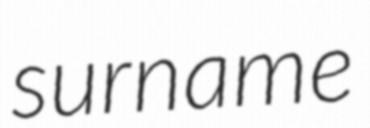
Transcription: surname